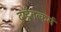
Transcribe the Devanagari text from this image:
दृष्ट्वैतत्कर्म